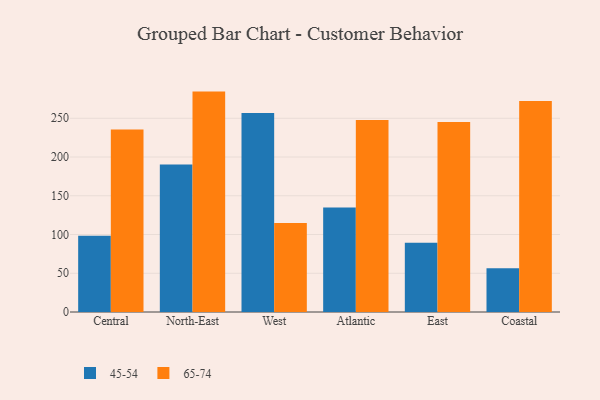
{"axis": {"x": "Region", "y": "Conversion Rate (%)"}, "legend": ["45-54", "65-74"], "data": [{"x": "Central", "y": 98.4, "type": "45-54"}, {"x": "Central", "y": 235.5, "type": "65-74"}, {"x": "North-East", "y": 190.3, "type": "45-54"}, {"x": "North-East", "y": 284.4, "type": "65-74"}, {"x": "West", "y": 256.9, "type": "45-54"}, {"x": "West", "y": 114.9, "type": "65-74"}, {"x": "Atlantic", "y": 135.0, "type": "45-54"}, {"x": "Atlantic", "y": 247.9, "type": "65-74"}, {"x": "East", "y": 89.4, "type": "45-54"}, {"x": "East", "y": 245.3, "type": "65-74"}, {"x": "Coastal", "y": 56.5, "type": "45-54"}, {"x": "Coastal", "y": 272.3, "type": "65-74"}]}